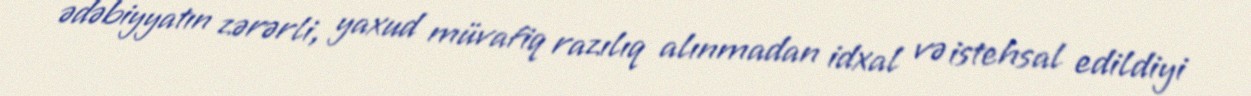
ədəbiyyatın zərərli, yaxud müvafiq razılıq alınmadan idxal və istehsal edildiyi